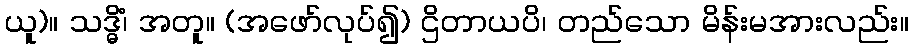
ယူ)။ သဒ္ဓိံ၊ အတူ။ (အဖော်လုပ်၍) ဌိတာယပိ၊ တည်သော မိန်းမအားလည်း။